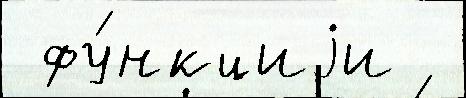
 фу́нкциjи